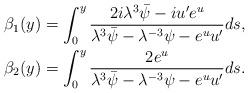
LaTeX: \begin{align*}\beta_1(y)&= \int_0^y \frac{2i \lambda^3\bar{\psi} - iu^{\prime} e^u}{\lambda^3\bar{\psi}-\lambda^{-3}\psi-e^u u^{\prime}} ds, \\\beta_2(y) &= \int_0^y \frac{2e^u}{\lambda^3\bar{\psi}-\lambda^{-3}\psi-e^u u^{\prime}}ds. \end{align*}